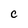
Character: c